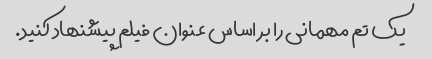
یک تم مهمانی را بر اساس عنوان فیلم پیشنهاد کنید.